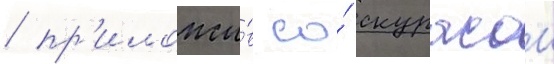
/ пр'иложи́в со́ скурасом